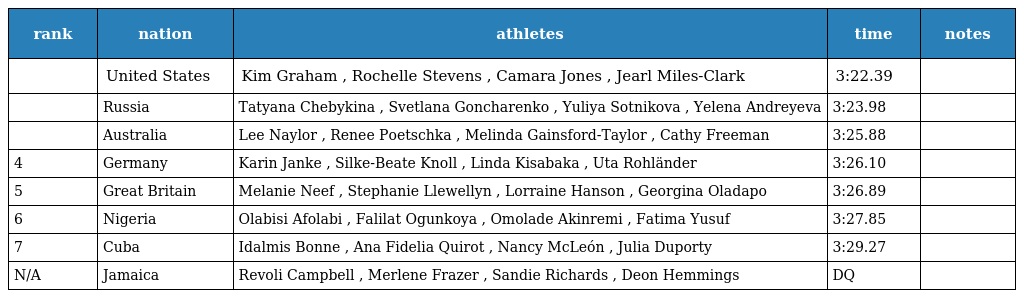
| rank | nation | athletes | time | notes |
 | --- | --- | --- | --- | --- |
 |  | United States | Kim Graham , Rochelle Stevens , Camara Jones , Jearl Miles-Clark | 3:22.39 |  |
 |  | Russia | Tatyana Chebykina , Svetlana Goncharenko , Yuliya Sotnikova , Yelena Andreyeva | 3:23.98 |  |
 |  | Australia | Lee Naylor , Renee Poetschka , Melinda Gainsford-Taylor , Cathy Freeman | 3:25.88 |  |
 | 4 | Germany | Karin Janke , Silke-Beate Knoll , Linda Kisabaka , Uta Rohländer | 3:26.10 |  |
 | 5 | Great Britain | Melanie Neef , Stephanie Llewellyn , Lorraine Hanson , Georgina Oladapo | 3:26.89 |  |
 | 6 | Nigeria | Olabisi Afolabi , Falilat Ogunkoya , Omolade Akinremi , Fatima Yusuf | 3:27.85 |  |
 | 7 | Cuba | Idalmis Bonne , Ana Fidelia Quirot , Nancy McLeón , Julia Duporty | 3:29.27 |  |
 | N/A | Jamaica | Revoli Campbell , Merlene Frazer , Sandie Richards , Deon Hemmings | DQ |  |